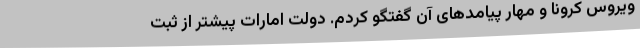
ویروس کرونا و مهار پیامدهای آن گفتگو کردم. دولت امارات پیشتر از ثبت